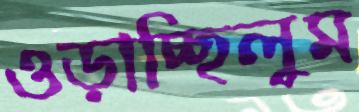
ওড়াচ্ছিলুম